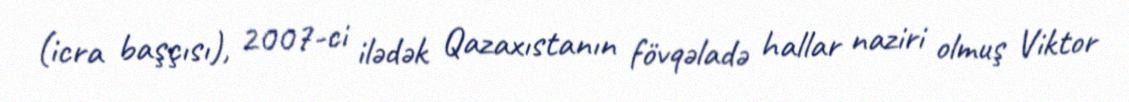
(icra başçısı), 2007-ci ilədək Qazaxıstanın fövqəladə hallar naziri olmuş Viktor